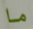
ما